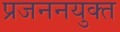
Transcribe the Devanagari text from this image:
प्रजननयुक्त